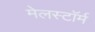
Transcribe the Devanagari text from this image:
मेलस्टाॅर्म